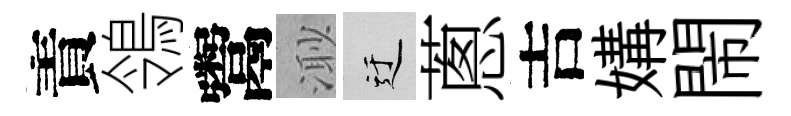
責鴒鬻𣺌迂蔥吉媾閙